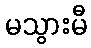
မသွားမီ